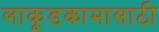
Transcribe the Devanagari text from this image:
लाकूडकामासाठी